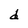
Character: d